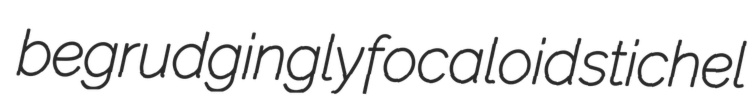
begrudgingly focaloid stichel